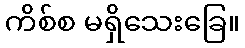
ကိစ်စ မရှိသေးခြေ။